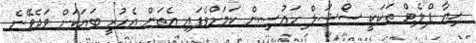
ޙިޔާ ފްލެޓް ތަކަކީ ސޯޝަލް ހައުސިން ކަމަށްވެފައި އެތަން އެހުރީ ބަޔަކަށް ވަދެވޭނެ